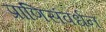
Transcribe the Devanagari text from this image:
प्राणिसंवर्धन